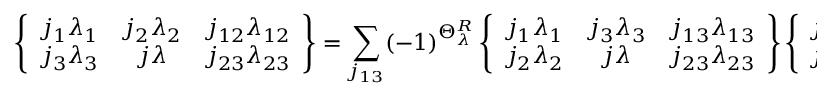
\left\{ \begin{array} { c c c } { { j _ { 1 } \lambda _ { 1 } } } & { { j _ { 2 } \lambda _ { 2 } } } & { { j _ { 1 2 } \lambda _ { 1 2 } } } \\ { { j _ { 3 } \lambda _ { 3 } } } & { { j \lambda } } & { { j _ { 2 3 } \lambda _ { 2 3 } } } \end{array} \right\} = \sum _ { j _ { 1 3 } } ( - 1 ) ^ { \Theta _ { \lambda } ^ { R } } \left\{ \begin{array} { c c c } { { j _ { 1 } \lambda _ { 1 } } } & { { j _ { 3 } \lambda _ { 3 } } } & { { j _ { 1 3 } \lambda _ { 1 3 } } } \\ { { j _ { 2 } \lambda _ { 2 } } } & { { j \lambda } } & { { j _ { 2 3 } \lambda _ { 2 3 } } } \end{array} \right\} \left\{ \begin{array} { c c c } { { j _ { 2 } \lambda _ { 2 } } } & { { j _ { 1 } \lambda _ { 1 } } } & { { j _ { 1 2 } \lambda _ { 1 2 } } } \\ { { j _ { 3 } \lambda _ { 3 } } } & { { j \lambda } } & { { j _ { 1 3 } \lambda _ { 1 3 } } } \end{array} \right\} \, .